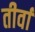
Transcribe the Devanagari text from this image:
तीर्वा